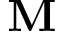
\mathbf { M }